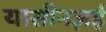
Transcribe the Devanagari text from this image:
यासीनज़ई